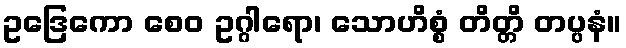
ဥဒြေကော စေဝ ဥဂ္ဂါရော၊ သောဟိစ္စံ တိတ္တိ တပ္ပနံ။